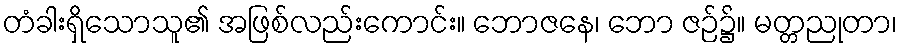
တံခါးရှိသောသူ၏ အဖြစ်လည်းကောင်း။ ဘောဇနေ၊ ဘော ဇဉ်၌။ မတ္တညုတာ၊